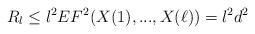
LaTeX: \begin{align*}R_l\leq l^2 EF^2(X(1),...,X(\ell))=l^2d^2\end{align*}